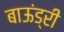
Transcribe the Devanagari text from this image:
बाऊंड्री